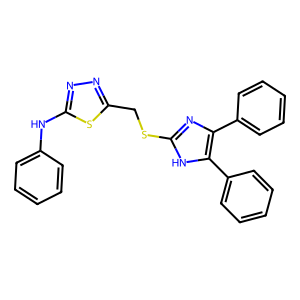
SMILES: c1ccc(Nc2nnc(CSc3nc(-c4ccccc4)c(-c4ccccc4)[nH]3)s2)cc1
Inhibits HIV replication: No